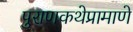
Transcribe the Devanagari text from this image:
पुराणकथेप्रामाणे